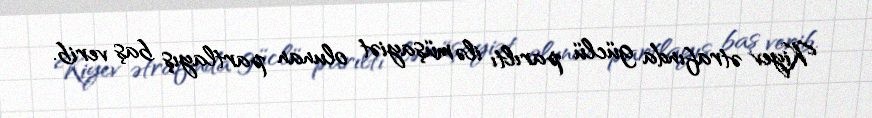
Kiyev ətrafında güclü parıltı ilə müşayiət olunan partlayış baş verib.